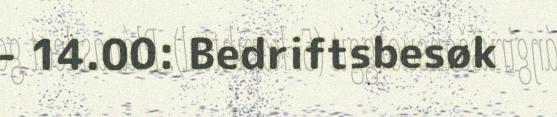
- 14.00: Bedriftsbesøk